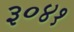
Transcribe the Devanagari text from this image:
३०४१